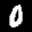
Label: 0